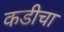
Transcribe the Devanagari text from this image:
कडीचा